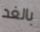
بالغد